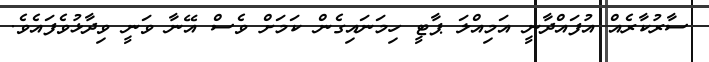
ސާރުކާރެއް އުފައްދާނީ އަމިއްލަ ޕާޓީ ހިމަނައިގެން ކަމަށް ވެސް އޭނާ ވަނީ ވިދާޅުވެފައެވެ.